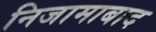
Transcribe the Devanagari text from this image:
निजामाबाद